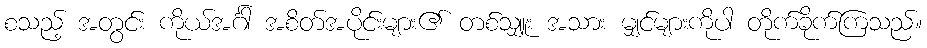
စသည့် အတွင်း ကိုယ်အင်္ဂါ အစိတ်အပိုင်းများ၏ တစ်သျှူး အသား မျှင်များကိုပါ တိုက်ခိုက်ကြသည်။